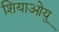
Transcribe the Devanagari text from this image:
शियाओयु